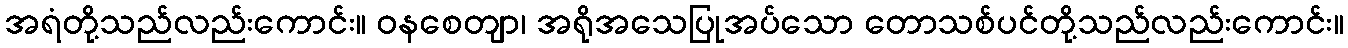
အရံတို့သည်လည်းကောင်း။ ဝနစေတျာ၊ အရိုအသေပြုအပ်သော တောသစ်ပင်တို့သည်လည်းကောင်း။